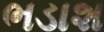
ભડાશ